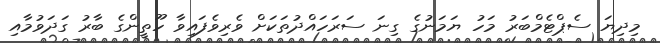
މިދިޔަ ސެޕްޓެމްބަރު މަހު ޔަމަނުގެ ގިނަ ސަރަހައްދުތަކަށް ވެރިވެފައިވާ ހޫތީންގެ ބާރު ގަދަވުމާއި